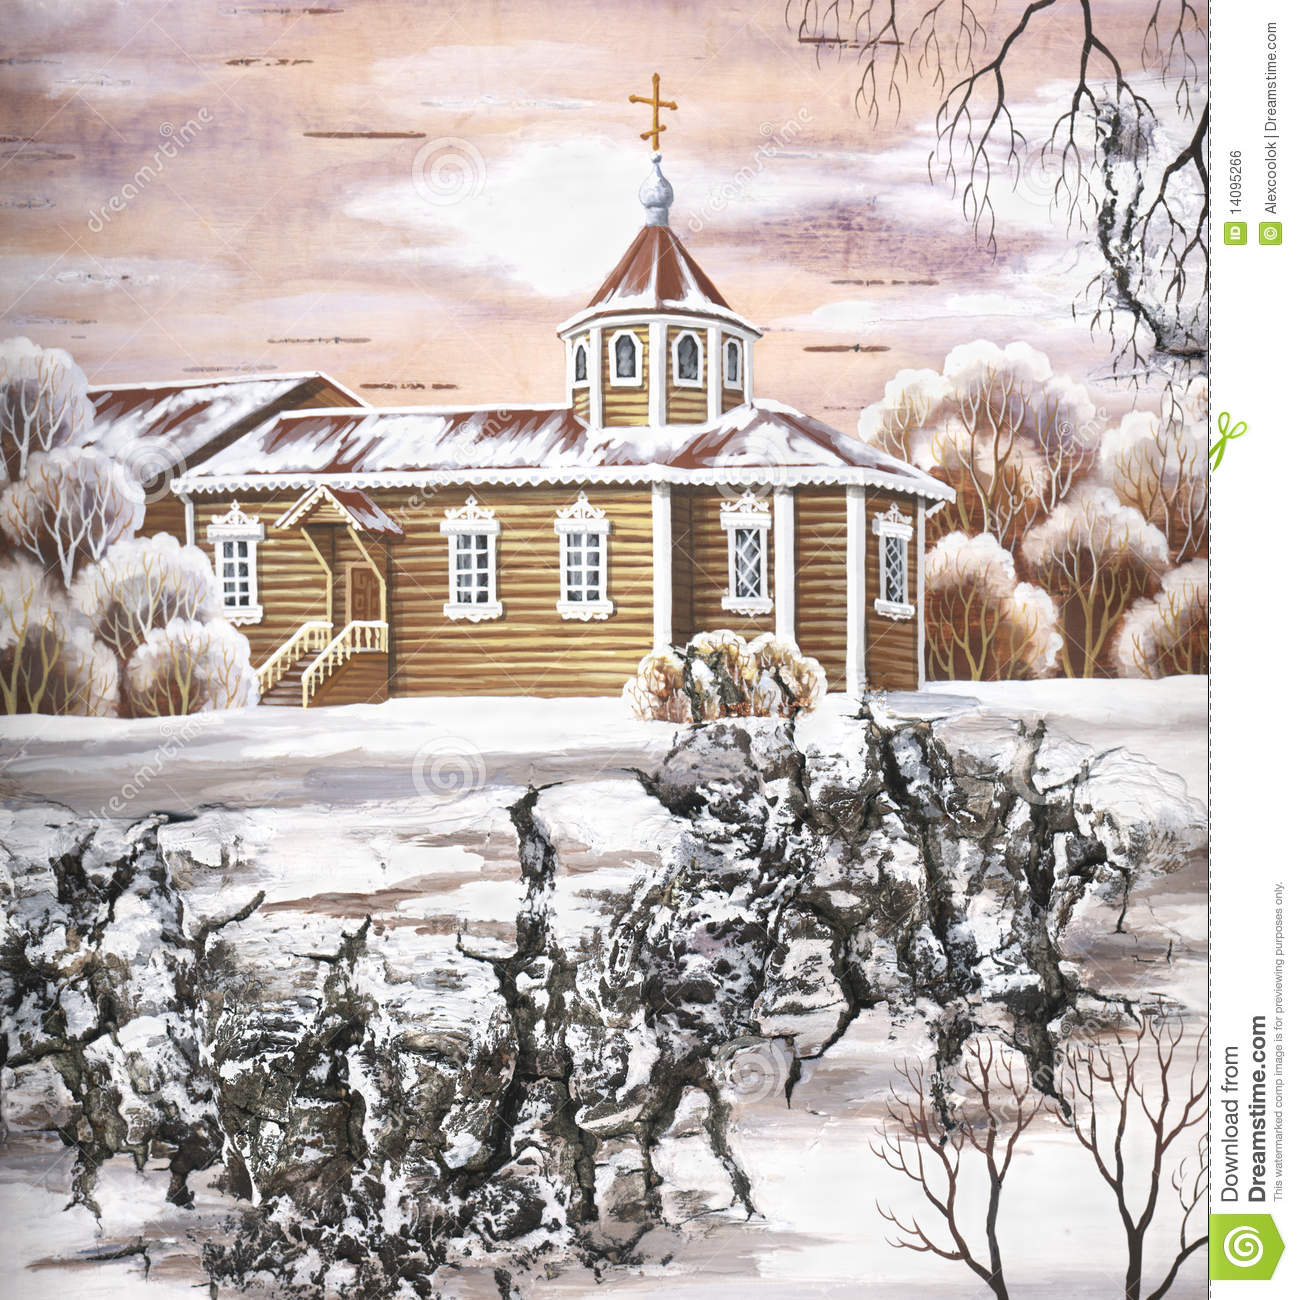
贞女贵徇夫，舍生亦如此。